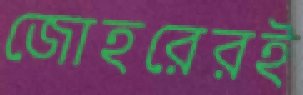
জোহরেরই